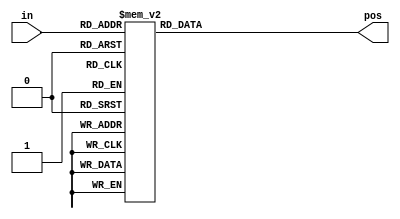
// This program was cloned from: https://github.com/matthewdelorenzo/CreativEval
// License: BSD 3-Clause "New" or "Revised" License

// synthesis verilog_input_version verilog_2001
module top_module (
    input [3:0] in,
    output reg [1:0] pos  );
    
    always @(*) begin
        case(in)
            4'b0000 : pos = 0;
            4'b0001 : pos = 0;
            4'b0010 : pos = 1;
            4'b0011 : pos = 0;
            4'b0100 : pos = 2;
            4'b0101 : pos = 0;
            4'b0110 : pos = 1;
            4'b0111 : pos = 0;
            4'b1000 : pos = 3;
            4'b1001 : pos = 0;
            4'b1010 : pos = 1;
            4'b1011 : pos = 0;
            4'b1100 : pos = 2;
            4'b1101 : pos = 0;
            4'b1110 : pos = 1;
            4'b1111 : pos = 0;
        endcase
    end

endmodule